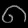
Digit: ၈